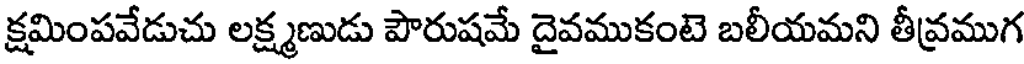
క్షమింపవేడుచు లక్ష్మణుడు పౌరుషమే దైవముకంటె బలీయమని తీవ్రముగ